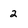
Character: 2